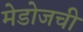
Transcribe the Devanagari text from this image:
मेडोजची